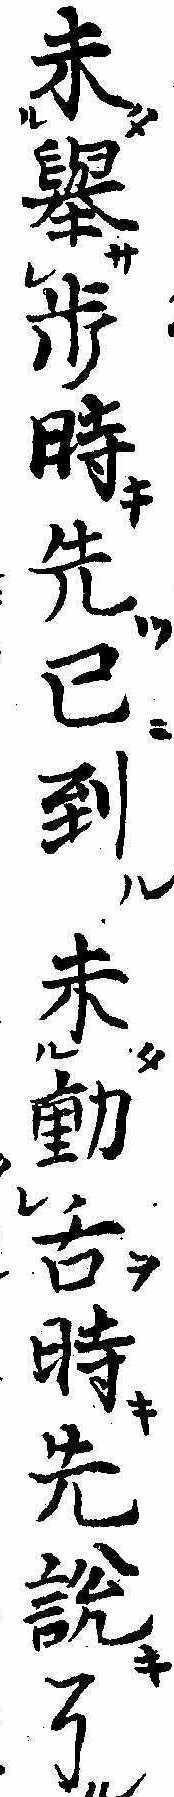
未挙歩時先已到未動舌時先説了